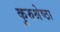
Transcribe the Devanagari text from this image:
कुरुश्रेष्ठा